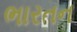
ભારતન